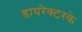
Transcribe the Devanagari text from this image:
डायरेक्टरके